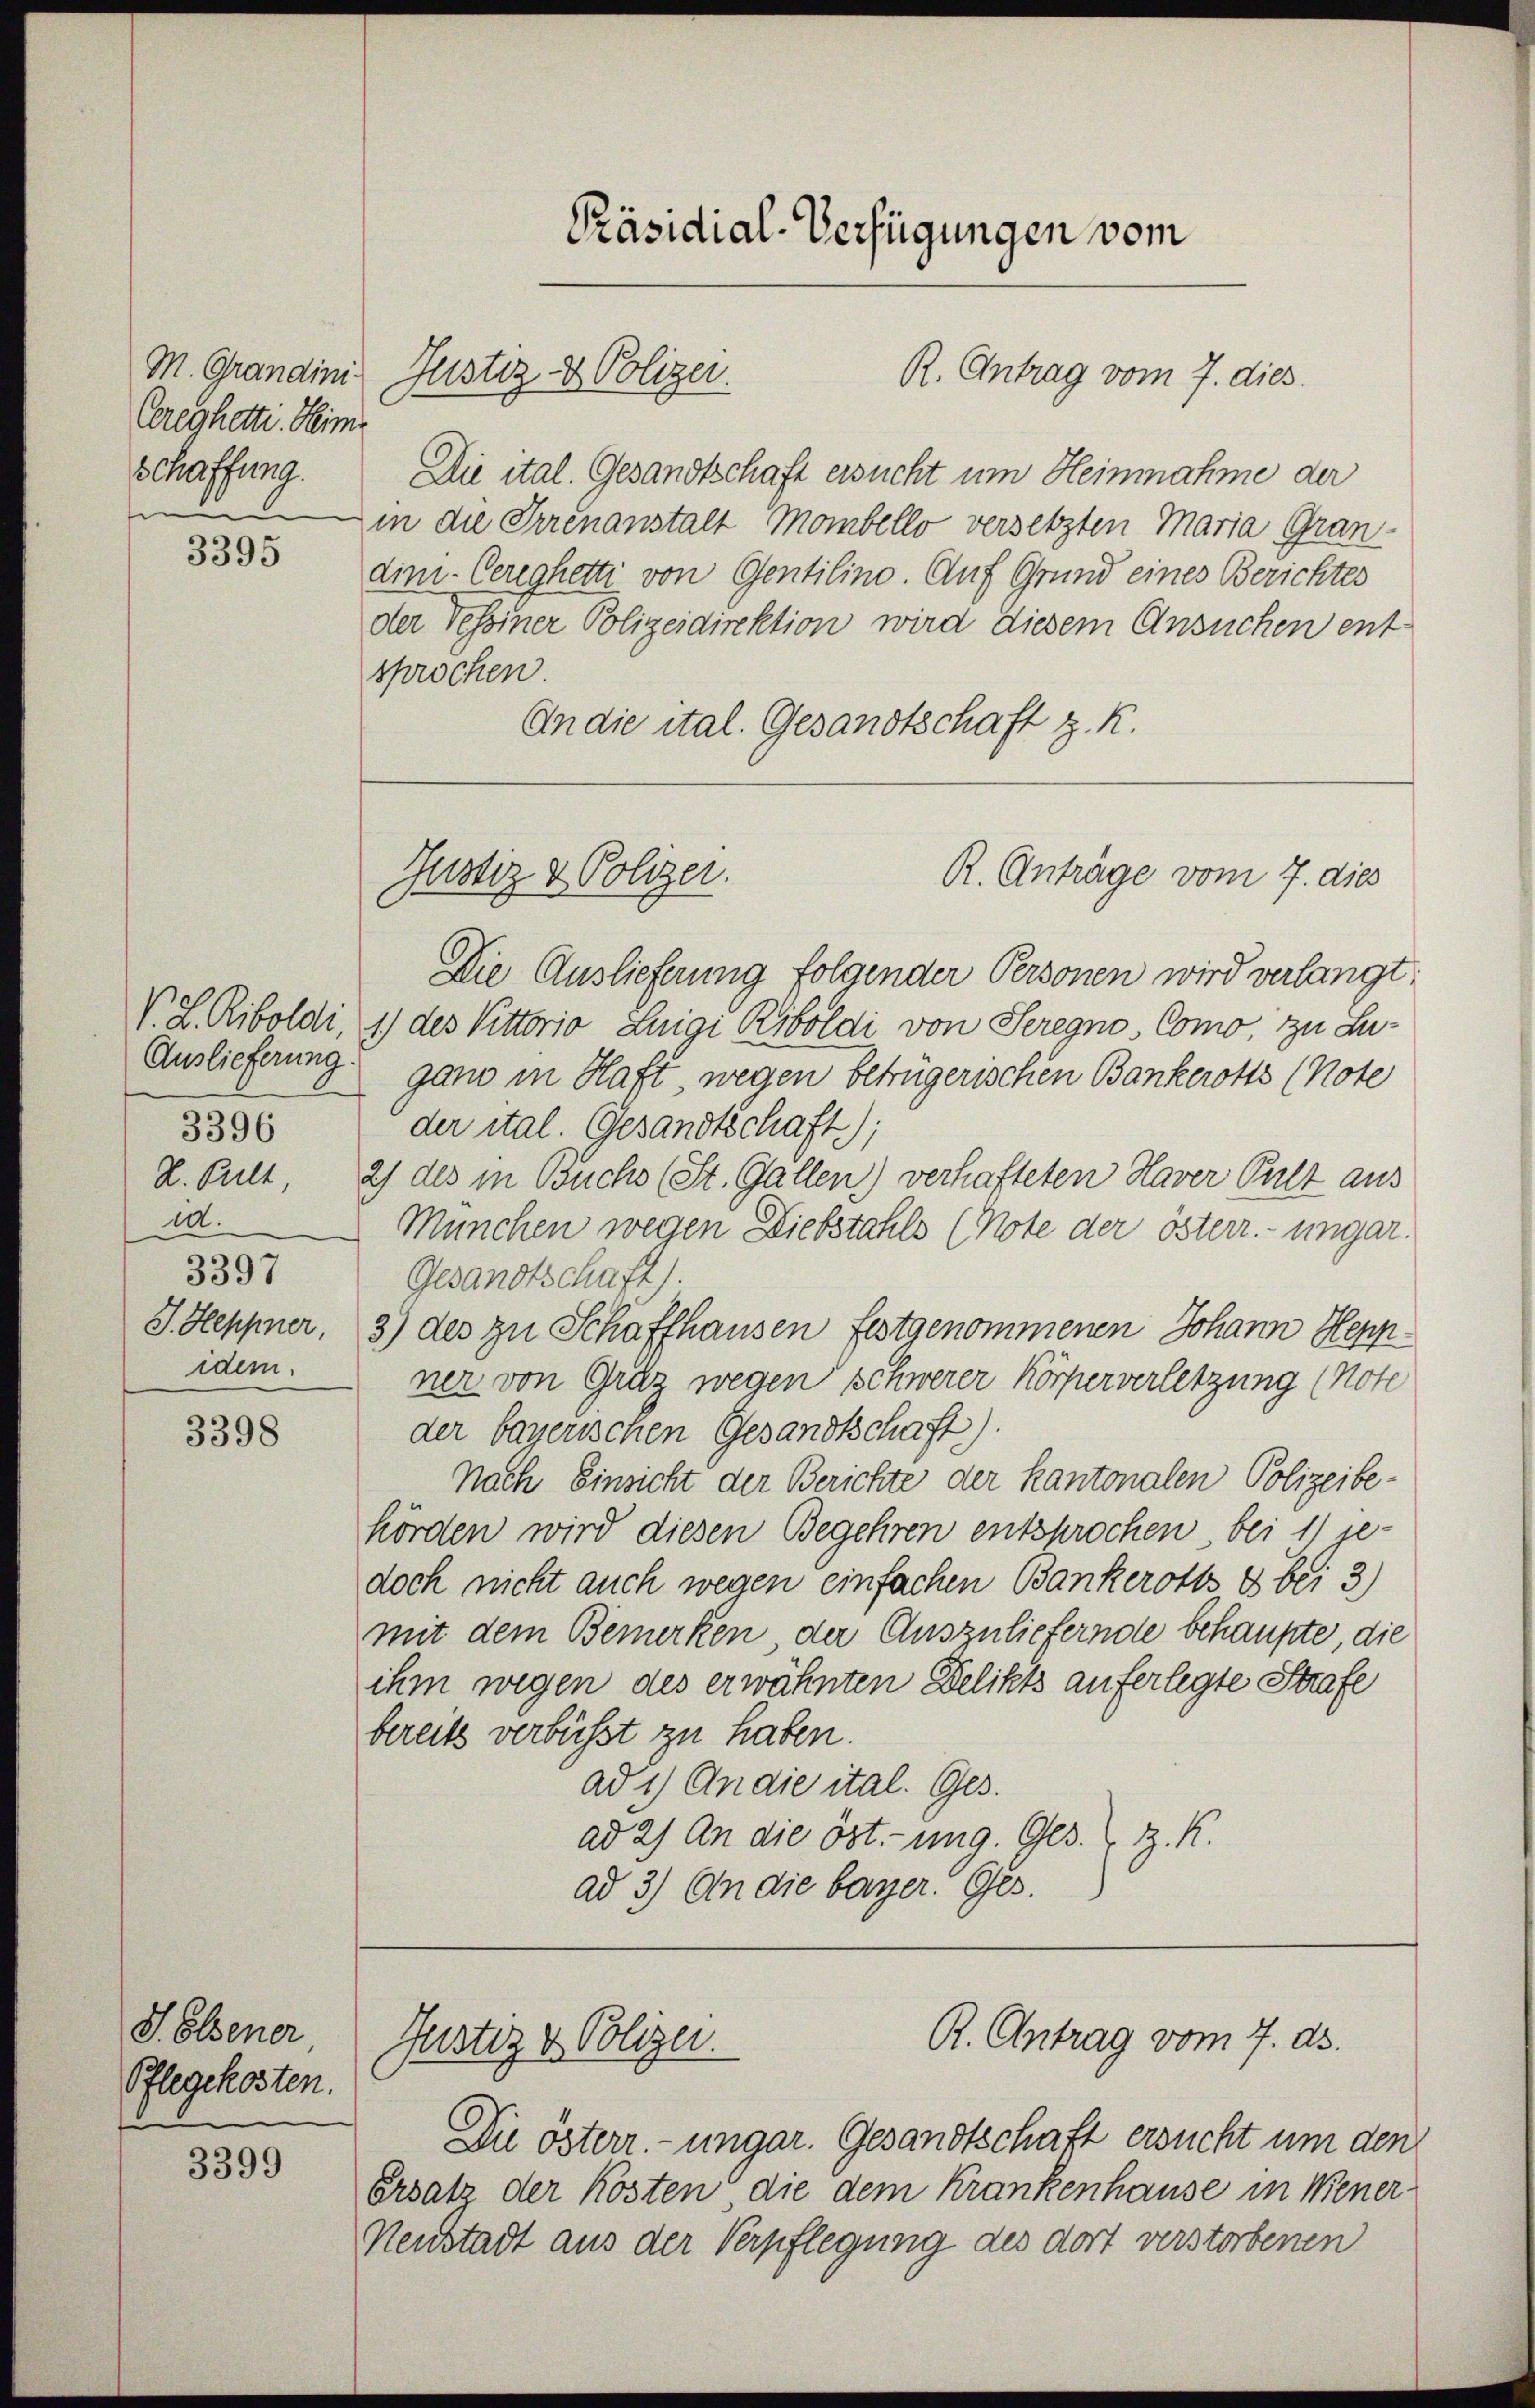
Creghetti. Heime

3395

3396
id.
3397
idem.

3398

J. Elsener
Pflegekosten.

3399

schaffung. Die ital. Gesandtschaft ersucht um Heinnahme der
in die Irrenanstalt Mombello versetzten Maria Gran-
dim- Cereghetti von Gentilino. Auf Grund eines Berichtes
der Tessiner Polizeidirektion wird diesem Ansuchen entspröchen.
An die ital. Gesandtschaft z. R.
R. Anträge vom 7. dies
Die Auslieferung folgender Personen wird verlangt:
V. L. Riboldi, 1) des Vittorio Luigi Riboldi von Seregno, Como, zu Lu¬
Auslieferung ganz in Haft, wegen betrügerischen Bankerotts (Note
der ital. Gesandtschaft);
2. Pult, 2) des in Buchs (St. Gallen) verhafteten Haver Pult aus
München wegen Diebstahls (Note der österr.- ungar.
Gesandtschaft).
J. Heppner, 3) des zu Schaffhausen festgenommenen Johann Heppner von Graz wegen schwerer Körperverletzung (Note
der bayerischen Gesandtschaft).
Nach Einsicht der Berichte der kantonalen Polizeibe-
hörden wird diesen Begehren entsprochen, bei 1) je-
doch nicht auch wegen einfachen Bankerotts & bei 3)
mit dem Bemerken der Auszuliefernde behaupte, die
ihm wegen des erwähnten Delikts auferlegte Strafe
bereits verbüsst zu haben.
ad 1) An die ital. Ges.
ad 2) An die öst. ung. Ges. z. K.
ad 3) An die bayer. Ges.

M. Grandini, Justiz- & Polizei.

Justiz & Polizei.

Justiz & Polizei.

Präsidial-Verfügungen vom

R. Antrag vom 7. dies

Die österr.-ungar. Gesandtschaft ersucht um den
Ersatz der Kosten die dem Krankenhause in Mener
Neustadt aus der Verpflegung des dort verstorbenen

R. Antrag vom 7. ds.